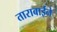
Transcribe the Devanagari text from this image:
ताराबाईने